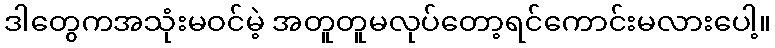
ဒါတွေကအသုံးမဝင်မဲ့ အတူတူမလုပ်တော့ရင်ကောင်းမလားပေါ့။